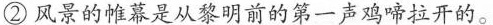
②风景的帷幕是从黎明前的第一声鸡啼拉开的。